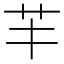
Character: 𦬒